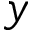
\boldsymbol { y }